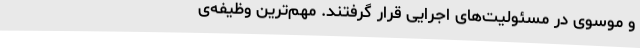
و موسوی‌ در مسئولیت‌های‌ اجرایی‌ قرار گرفتند. مهم‌ترین‌ وظیفه‌ی‌